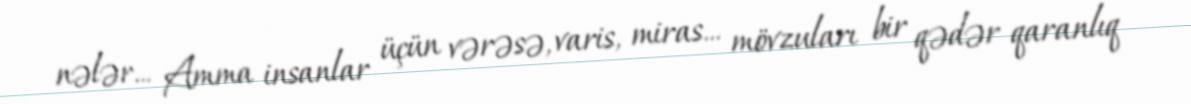
nələr... Amma insanlar üçün vərəsə, varis, miras... mövzuları bir qədər qaranlıq